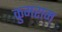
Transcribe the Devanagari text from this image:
कुमराम